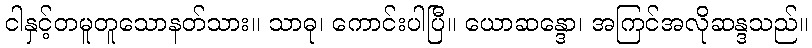
ငါနှင့်တမူတူသောနတ်သား။ သာဓု၊ ကောင်းပါပြီ။ ယောဆန္ဒော၊ အကြင်အလိုဆန္ဒသည်။